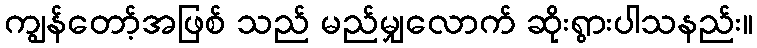
ကျွန်တော့်အဖြစ် သည် မည်မျှလောက် ဆိုးရွားပါသနည်း။